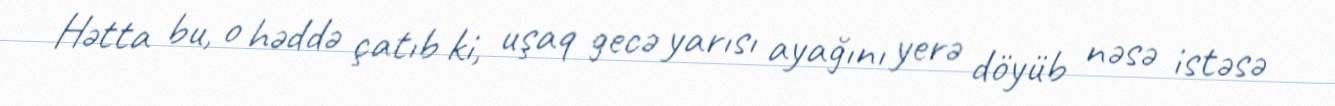
Hətta bu, o həddə çatıb ki, uşaq gecə yarısı ayağını yerə döyüb nəsə istəsə